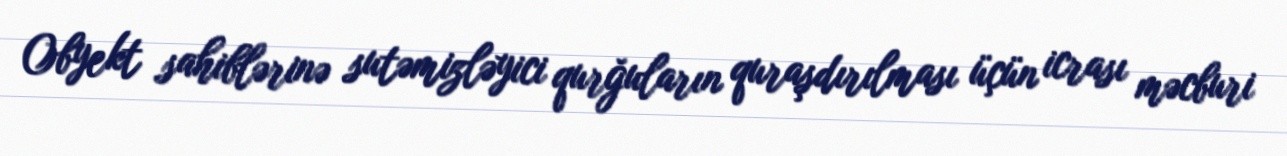
Obyekt sahiblərinə sutəmizləyici qurğuların quraşdırılması üçün icrası məcburi